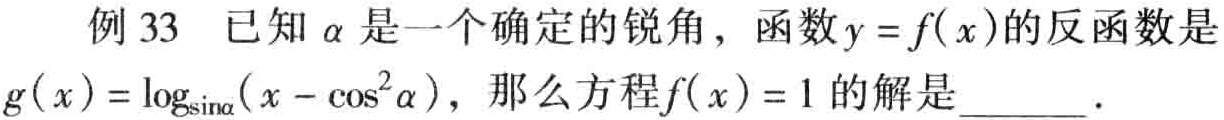
例 33 已知\(\alpha\)是一个确定的锐角，函数\(y = f(x)\)的反函数是\(g(x)=\log_{\sin\alpha}(x - \cos^{2}\alpha)\)，那么方程\(f(x)=1\)的解是  ．